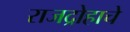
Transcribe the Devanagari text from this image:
राजद्रोहाचे